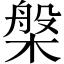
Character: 槃